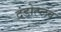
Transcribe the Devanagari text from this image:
दंडोत्प्लव